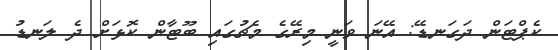
ކެޕްޓަން ދަގަނޑޭ: އޭނަ ވަނީ މިރޭގެ މެޗުގައި ބޫޓާން ކޮޅަށް ދެ ލަނޑު